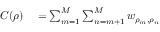
\begin{array} { r l } { C ( \boldsymbol { \rho } ) } & { { } = \sum _ { m = 1 } ^ { M } \sum _ { n = m + 1 } ^ { M } w _ { \rho _ { m } , \rho _ { n } } } \end{array}